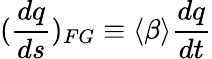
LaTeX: (\frac{dq}{ds})_{FG}\equiv\langle\beta\rangle\frac{dq}{dt}